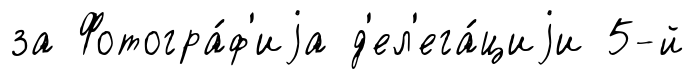
за Фотогра́ф'иjа д'ел'ега́циjи 5-й